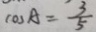
\cos A = \frac { 3 } { 5 }